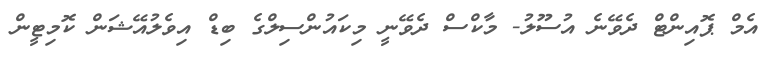
އެމް ޕޮއިންޓް ދެވޭނެ އުސޫލު- މާކްސް ދެވޭނީ މިކައުންސިލްގެ ބިޑް އިވެލުއޭޝަން ކޮމިޓީން